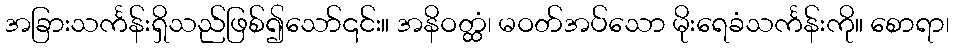
အခြားသင်္ကန်းရှိသည်ဖြစ်၍သော်၎င်း။ အနိဝတ္ထံ၊ မဝတ်အပ်သော မိုးရေခံသင်္ကန်းကို။ စောရာ၊